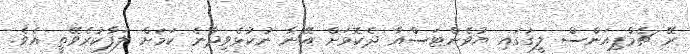
ރޭ ޗެމްޕިއަންސް ލީގުގައި ޔުވެންޓަސްއާ ދެކޮޅަށް އޭނާ ނުކުޅެވިދާނެ ކަމަށް ލަފާކުރެވޭތީ އެވެ.